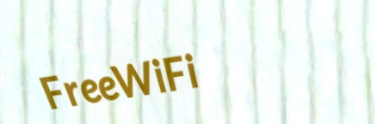
FreeWiFi